Lunatic asylums Madras 1892-1911 - 1892-1911
Year: 1892
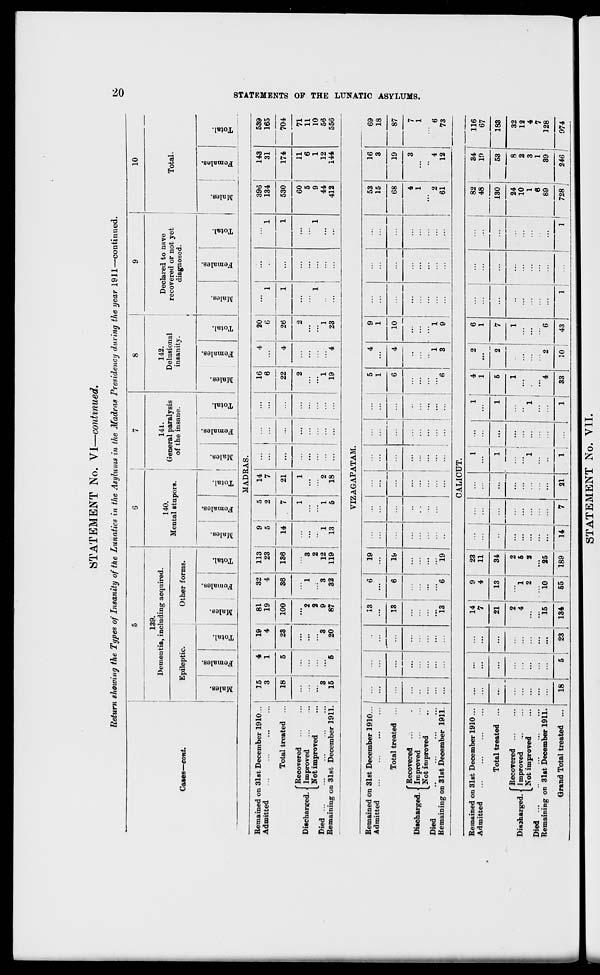
STATEMENT No. VI—continued.
Return showing the Types of Insanity of the Lunatics in the Asylums in the Madras Presidency during the year 1911—continued.
139.
Dementia, including acquired.
Cases—eont.
Epileptic.
Other forms.
XT.
B
to
BB
_;
S
o
O
to
£-i
a.
©
3
"a
£
o
to
o
EH
140.
Mental stupors.
"3
CO
©
*3
S
©
to
141.
General paralysis
of the insane.
c
H
CD
CD
©
g v
to
o
EH
142.
Delusional
insanity.
Declared to nave
recovered or not yet
diagnosed.
10
Total,
CO
■-
3
3
DO
-
to
o
EH
CO
©
"3
2
CO
1
s
to
ce
o
EH
-
CD
CE
"3
S
©
to
o
MADRAS.
Remained on 31st December 1910...
15
4
19
81
32
113
9
5
14
16
4
20
...
396
143
539
Admitted
3
1
4
19
100
4
23
5
2
7
...
...
...
6
...
6
1
1
134
31
165
Total treated ...
18
5
23
36
136
14
7
21
22
4
26
1
...
1
530
174
704
'Recovered
1
1
2
2
60
11
71
Discharged. < Improved
2
1
3
5
6
11
Not improved
2
2
...
1
1
9
1
10
Died
3
3
9
3
12
1
I
2
1
1
44
12
56
Remaining on 31st December 1911.
15
5
20
87
32
119
13
5
18
...
... | ...
19
4
23
...
...
412
144
556
VIZAGAPATAM.
Remained on 31st December 1910.
Admitted
Discharged.
Total treated
Recovered
Improved
Not improved
Died
Remaining on 31st December 1911.
13
13
13
6
19
...
...
6
19
...
"G
19
...
...
...
...
...
...
...
...
...
5
4
9
53
16
1
...
1
...
15
3
6
4
10
...
68
19
...
••
...
...
...
4
1
3
1
1
2
4
6
3
9
...
61
12
69
18
87
7
1
6
73
CALICUT.
Remained on
Admitted
31st December 1910... ' ... 1 .-
14
7 1 9
4
23
11
z
1
1 1
4
I
2
2
...
2 ;
■
6
1
...
|
82
48
130
34
19
116
67
Total treated ...
...
21
13
34
...
...
1
1
5
7
1
6
...
■•
53
183
Discharged. <
Died ...
Remaining o
"Recovered
Improved
> Not improved
Q 31st December 1911.
...
...
:::
...
2
4
...
...
15
"l
2
10
2
5
2
25
...
...
1
.'.'.
I 1 ,
1
"4
...
...
...
24
10
1
6
89
8
2
3
39 !
32
12
4
7
128
G rand Total treated ...
18
:
5
23 ! 134
i
55
I
189
14 !
7
21
1 ] ...
1
33
10 |
43
ij ... !
1]
i
1
728 '
246 j
974
O
00
>
a
33
£5
H
CD
o
»§
»
£5
IS
►
CD
F
CD
STATEMENT No. VII.